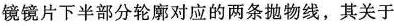
镜镜片下半部分轮廓对应的两条抛物线，其关于